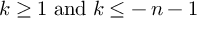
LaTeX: \: k \geq 1 \; \mathrm { a n d } \; k \leq - \, n - 1 \: